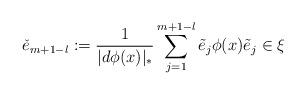
LaTeX: \begin{align*}\check{e}_{m+1-l}:=\frac{1}{|d\phi (x)|_{\ast }}\sum_{j=1}^{m+1-l}\tilde{e}_{j}\phi (x)\tilde{e}_{j}\in \xi \end{align*}